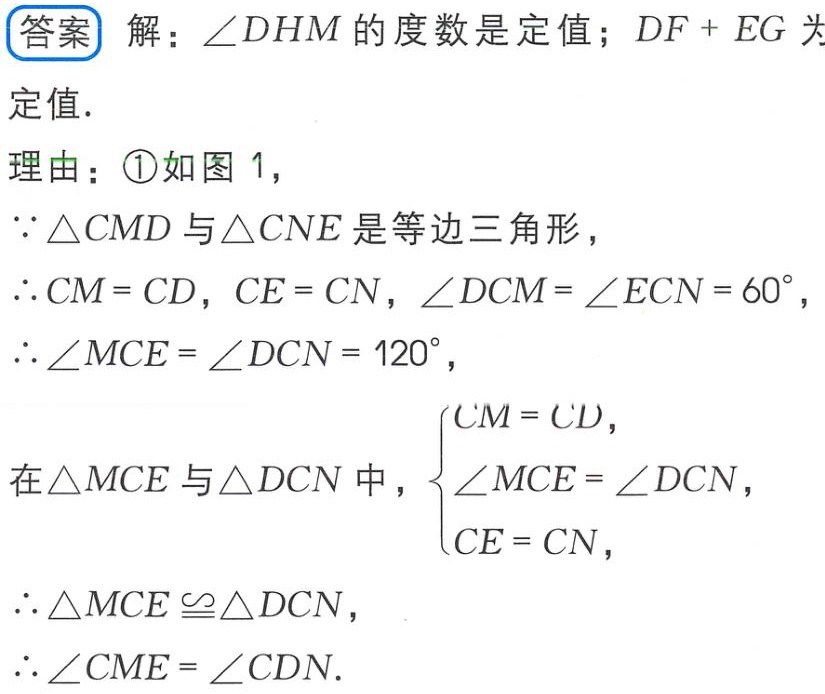
答案 解：$\angle DHM$的度数是定值；$DF + EG$为
定值.
理由：\textcircled{1}如图1，
$\because \triangle CMD$与$\triangle CNE$是等边三角形，
$\therefore CM = CD$，$CE = CN$，$\angle DCM=\angle ECN = 60^{\circ}$，
$\therefore \angle MCE=\angle DCN = 120^{\circ}$，
在$\triangle MCE$与$\triangle DCN$中，$\begin{cases}
CM = CD,\\
\angle MCE=\angle DCN,\\
CE = CN,
\end{cases}$
$\therefore \triangle MCE\cong\triangle DCN$，
$\therefore \angle CME=\angle CDN$.